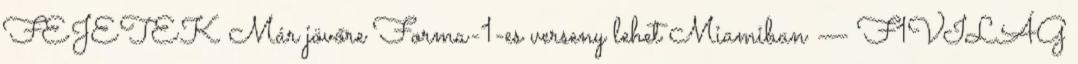
FEJETEK Már jövőre Forma-1-es verseny lehet Miamiban — F1VILÁG